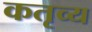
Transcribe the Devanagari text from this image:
कतृव्य